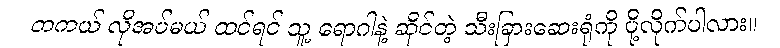
တကယ် လိုအပ်မယ် ထင်ရင် သူ့ ရောဂါနဲ့ ဆိုင်တဲ့ သီးခြားဆေးရုံကို ပို့လိုက်ပါလား။